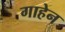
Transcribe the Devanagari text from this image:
गाहेन